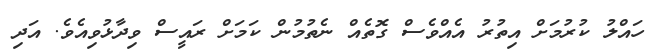
ހައްލު ކުރުމަށް އިތުރު އެއްވެސް ގޮތެއް ނެތުމުން ކަމަށް ރައީސް ވިދާޅުވިއެވެ. އަދި